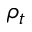
\rho _ { t }